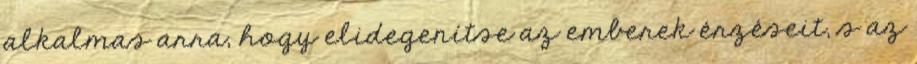
alkalmas arra, hogy elidegenítse az emberek érzéseit, s az